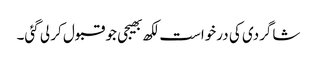
شاگردی کی درخواست لکھ بھیجی جو قبول کر لی گئی۔